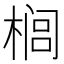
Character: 榈